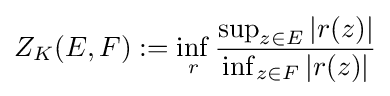
Z_{K}(E,F):=\inf _{r}{\frac {\sup _{z\in E}|r(z)|}{\inf _{z\in F}|r(z)|}}